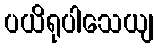
ပယိရုပါသေယျ